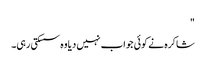
"
شاکرہ نے کوئی جواب نہیں دیا وہ سسکتی رہی۔